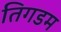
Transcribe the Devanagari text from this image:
तिगडम